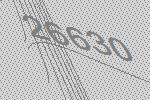
26630